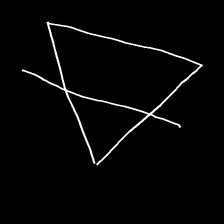
Glyph: empower